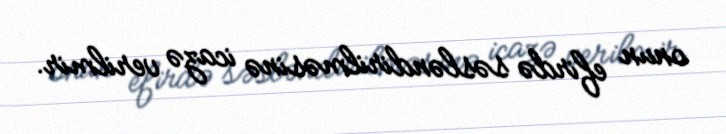
onun efirdə səsləndirilməsinə icazə verilmir.